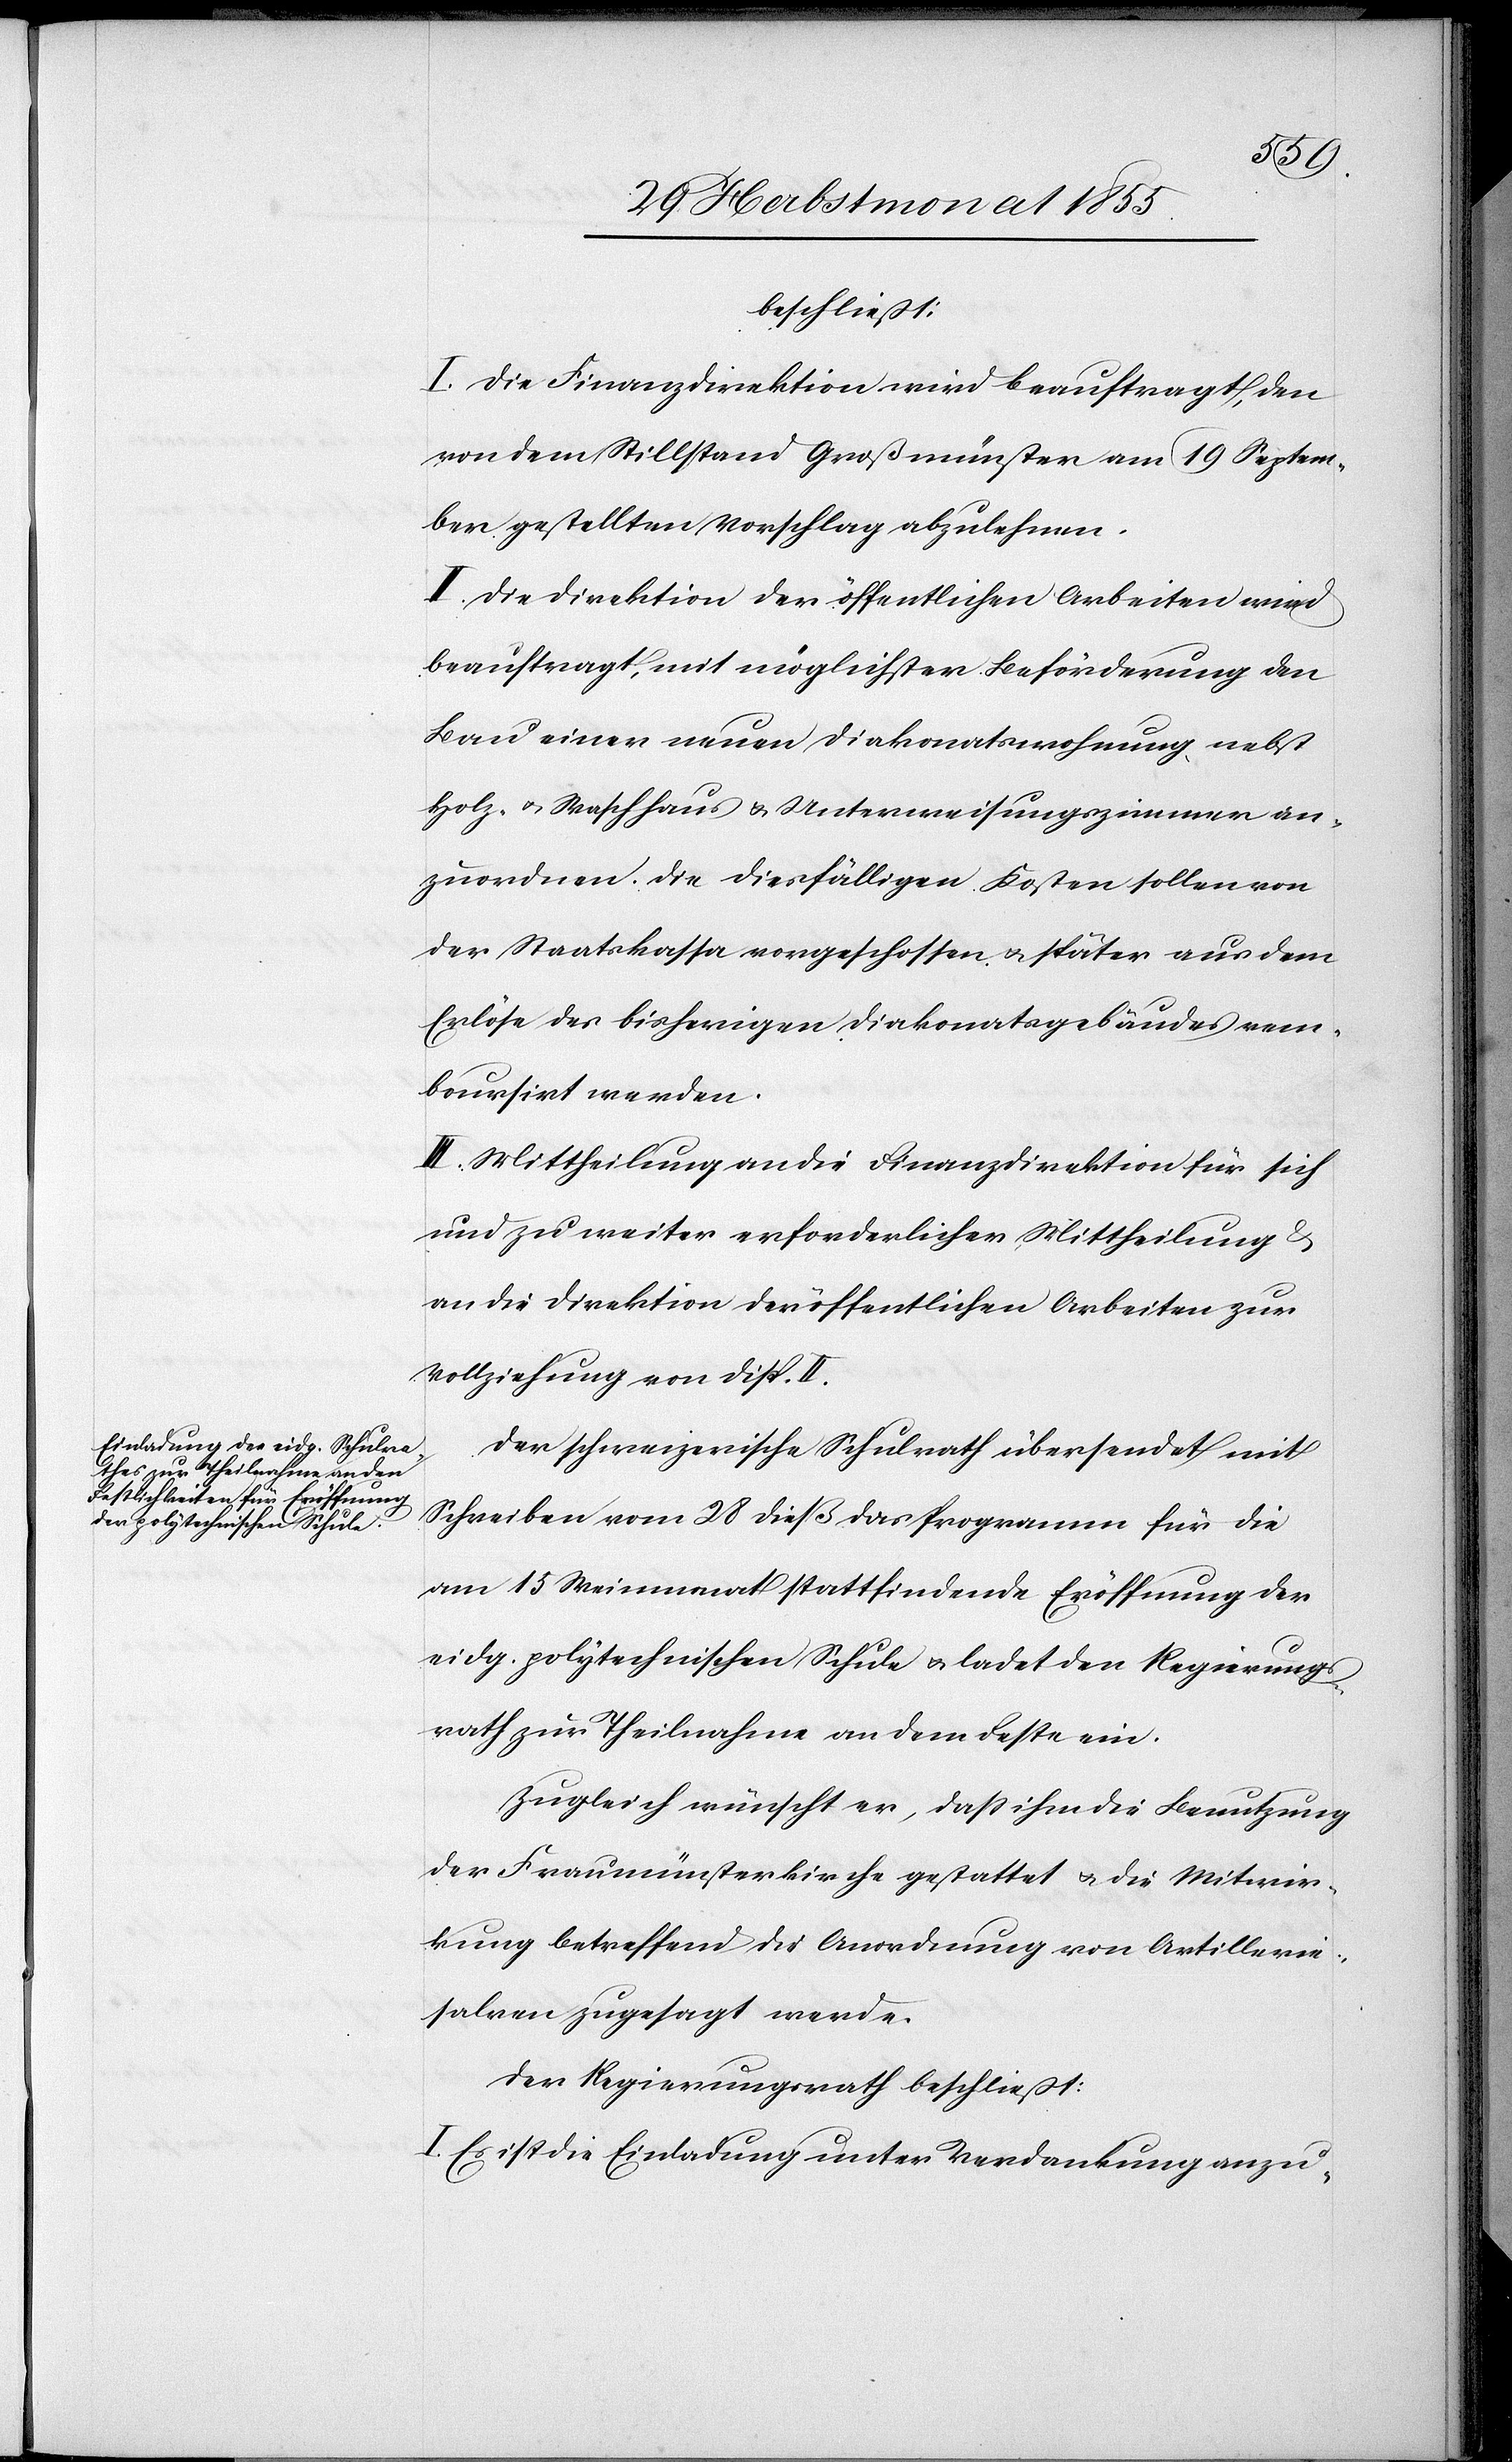
beschließt:
I. Die Finanzdirektion wird beauftragt, den
von dem Stillstand Großmünster am 19 Septem¬
ber gestellten Vorschlag abzulehnen.
II. Die Direktion der öffentlichen Arbeiten wird
beauftragt, mit möglichster Beförderung den
Bau einer neuen Diakonatswohnung nebst
Holz- & Waschhaus & Unterweisungszimmer an¬
zuordnen. Die diesfälligen Kosten sollen von
der Staatskassa vorgeschossen & später aus dem
Erlöse des bisherigen Diakonatsgebäudes rem¬
boursirt werden.
III. Mittheilung an die Finanzdirektion für sich
und zu weiter erforderlicher Mittheilung &
an die Direktion der öffentlichen Arbeiten zur
Vollziehung von Disp. II.
Der schweizerische Schulrath übersendet mit
Schreiben vom 28 dieß das Programm für die
am 15 Weinmonat stattfindende Eröffnung der
eidg. polytechnischen Schule & ladet den Regierungs¬
rath zur Theilnahme an dem Feste ein.
Zugleich wünscht er, dass ihm die Benutzung
der Fraumünsterkirche gestattet & die Mitwir¬
kung betreffend die Anordnung von Artillerie¬
salven zugesagt werde.
Der Regierungsrath beschließt:
I. Es ist die Einladung unter Verdankung anzu-